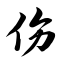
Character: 伤